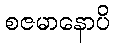
စဇမာနောပိ